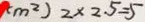
( m ^ { 2 } ) 2 \times 2 . 5 = 5